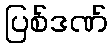
ပြစ်ဒဏ်